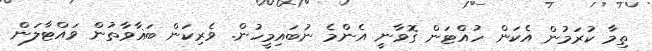
ތިމާ ކުރަމުން އެކަން ހުއްޓަން ގޮވާނީ އެންމެ ނުބައިމީހުން. ވެރިކަން ބަޣާވާތުން ވައްޓާލަން